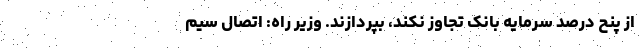
از پنح درصد سرمایه بانک تجاوز نکند، بپردازند. وزیر راه: اتصال سیم